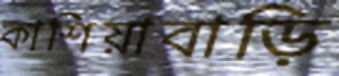
কাশিয়াবাড়ি